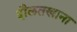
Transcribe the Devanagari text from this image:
दौलतखाना